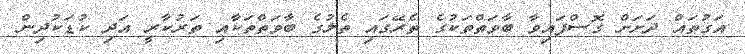
އަގުތައް ދަށަށް ގޮސްފައިވާ ބާވަތްތަކުގެ ތެރޭގައި ތެލުގެ ބާވަތްތަކާއި ތަރުކާރީ އަދި ކުޑަކުދިން